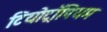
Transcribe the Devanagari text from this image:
टियोट्रॉपियम